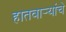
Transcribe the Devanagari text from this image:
हातवार्‍यांचे